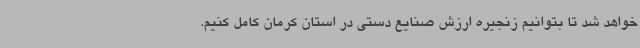
خواهد شد تا بتوانیم زنجیره ارزش صنایع دستی در استان کرمان کامل کنیم.